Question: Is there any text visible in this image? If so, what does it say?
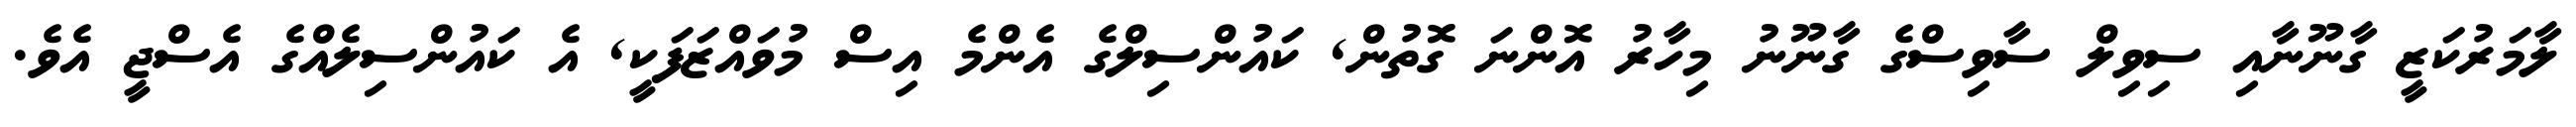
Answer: ލާމަރުކަޒީ ގާނޫނާއި ސިވިލް ސާވިސްގެ ގާނޫނު މިހާރު އޮންނަ ގޮތުން, ކައުންސިލްގެ އެންމެ އިސް މުވައްޒަފަކީ, އެ ކައުންސިލެއްގެ އެސްޖީ އެވެ.